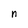
Character: n